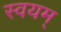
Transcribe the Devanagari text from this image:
स्वयम्‌